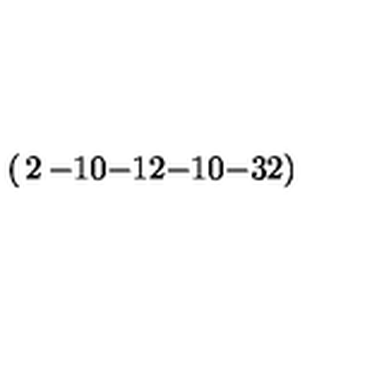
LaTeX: \left( \begin{matrix} { 2 } & { - 1 } & { 0 } \\ { - 1 } & { 2 } & { - 1 } \\ { 0 } & { - 3 } & { 2 } \\ \end{matrix} \right)